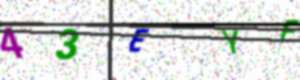
Text: 43EYF